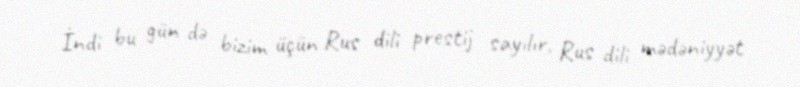
İndi bu gün də bizim üçün Rus dili prestij sayılır, Rus dili mədəniyyət